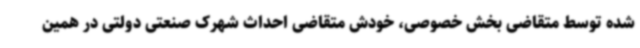
شده توسط متقاضی بخش خصوصی، خودش متقاضی احداث شهرک صنعتی دولتی در همین